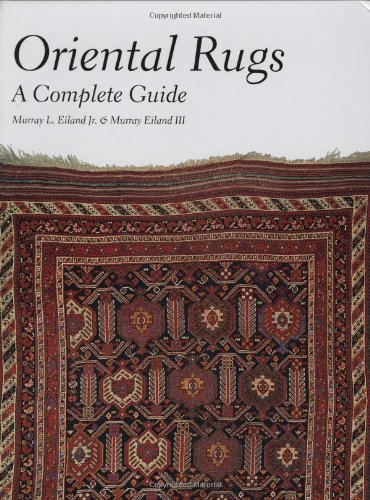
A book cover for Oriental Rugs: A Complete Guide; Murray L. Eiland; Crafts, Hobbies & Home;